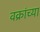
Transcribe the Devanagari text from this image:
वक्रांच्या